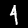
Label: 4